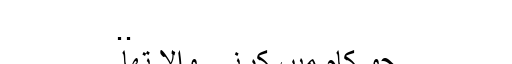
..
جو کام میں کرنے والا تھا۔